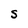
Character: S